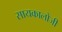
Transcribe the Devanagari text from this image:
सायकालोजी